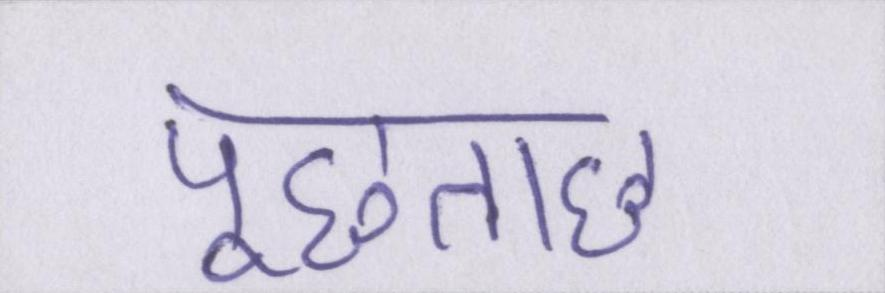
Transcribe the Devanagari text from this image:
पूछताछ